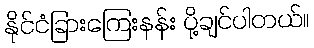
နိုင်ငံခြားကြေးနန်း ပို့ချင်ပါတယ်။